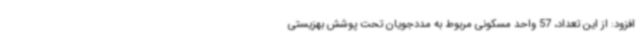
افزود: از این تعداد، 57 واحد مسکونی مربوط به مددجویان تحت پوشش بهزیستی